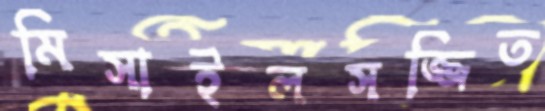
মিসাইলসজ্জিত